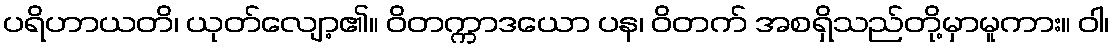
ပရိဟာယတိ၊ ယုတ်လျော့၏။ ဝိတက္ကာဒယော ပန၊ ဝိတက် အစရှိသည်တို့မှာမူကား။ ဝါ၊